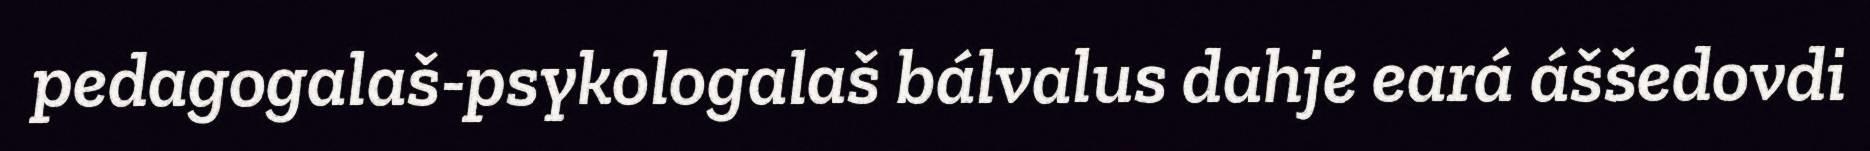
pedagogalaš-psykologalaš bálvalus dahje eará áššedovdi